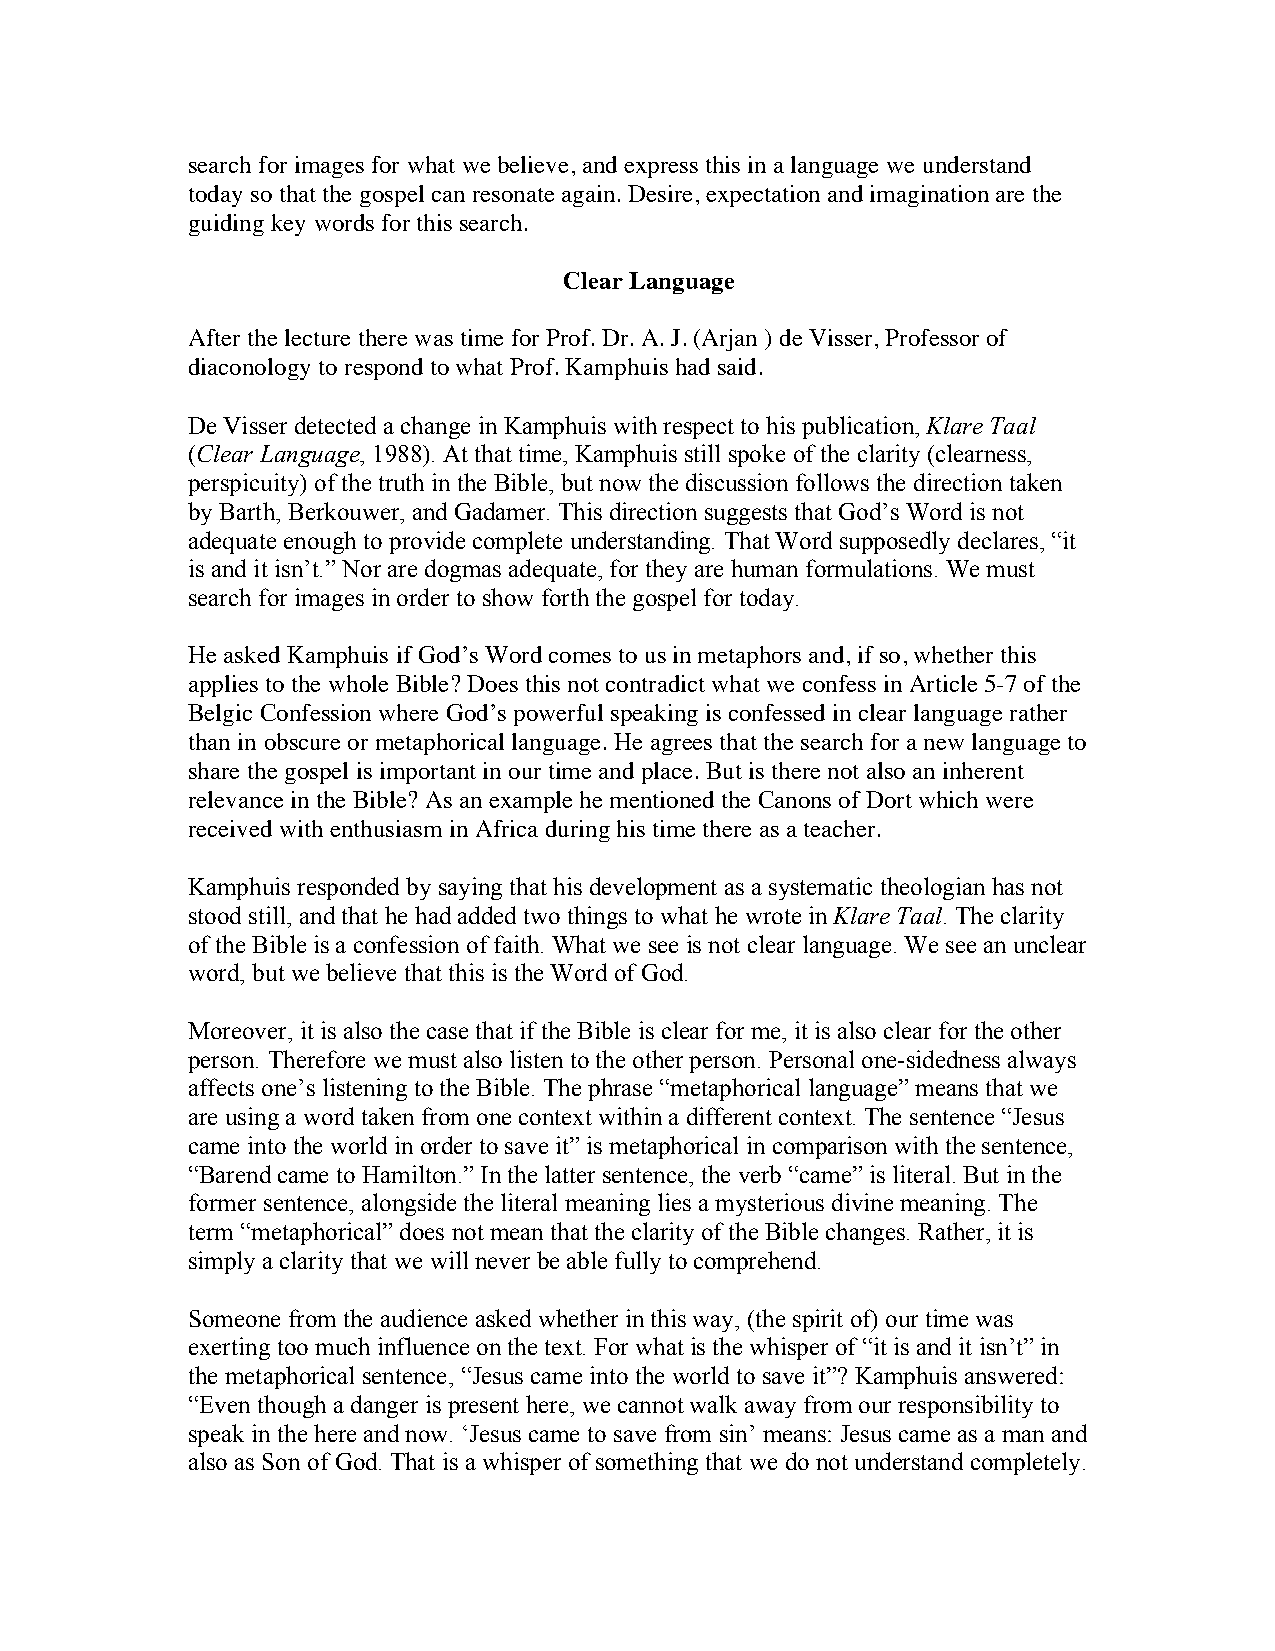
search for images for what we believe, and express this in a language we understand
 today so that the gospel can resonate again. Desire, expectation and imagination are the
 guiding key words for this search.
 Clear Language
 After the lecture there was time for Prof. Dr. A. J. (Arjan ) de Visser, Professor of
 diaconology to respond to what Prof. Kamphuis had said.
 De Visser detected a change in Kamphuis with respect to his publication, Klare Taal
 (Clear Language, 1988). At that time, Kamphuis still spoke of the clarity (clearness,
 perspicuity) of the truth in the Bible, but now the discussion follows the direction taken
 by Barth, Berkouwer, and Gadamer. This direction suggests that God’s Word is not
 adequate enough to provide complete understanding. That Word supposedly declares, “it
 is and it isn’t.” Nor are dogmas adequate, for they are human formulations. We must
 search for images in order to show forth the gospel for today.
 He asked Kamphuis if God’s Word comes to us in metaphors and, if so, whether this
 applies to the whole Bible? Does this not contradict what we confess in Article 5-7 of the
 Belgic Confession where God’s powerful speaking is confessed in clear language rather
 than in obscure or metaphorical language. He agrees that the search for a new language to
 share the gospel is important in our time and place. But is there not also an inherent
 relevance in the Bible? As an example he mentioned the Canons of Dort which were
 received with enthusiasm in Africa during his time there as a teacher.
 Kamphuis responded by saying that his development as a systematic theologian has not
 stood still, and that he had added two things to what he wrote in Klare Taal. The clarity
 of the Bible is a confession of faith. What we see is not clear language. We see an unclear
 word, but we believe that this is the Word of God.
 Moreover, it is also the case that if the Bible is clear for me, it is also clear for the other
 person. Therefore we must also listen to the other person. Personal one-sidedness always
 affects one’s listening to the Bible. The phrase “metaphorical language” means that we
 are using a word taken from one context within a different context. The sentence “Jesus
 came into the world in order to save it” is metaphorical in comparison with the sentence,
 “Barend came to Hamilton.” In the latter sentence, the verb “came” is literal. But in the
 former sentence, alongside the literal meaning lies a mysterious divine meaning. The
 term “metaphorical” does not mean that the clarity of the Bible changes. Rather, it is
 simply a clarity that we will never be able fully to comprehend.
 Someone from the audience asked whether in this way, (the spirit of) our time was
 exerting too much influence on the text. For what is the whisper of “it is and it isn’t” in
 the metaphorical sentence, “Jesus came into the world to save it”? Kamphuis answered:
 “Even though a danger is present here, we cannot walk away from our responsibility to
 speak in the here and now. ‘Jesus came to save from sin’ means: Jesus came as a man and
 also as Son of God. That is a whisper of something that we do not understand completely.